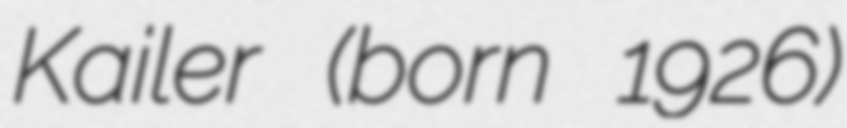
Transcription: Kailer (born 1926)